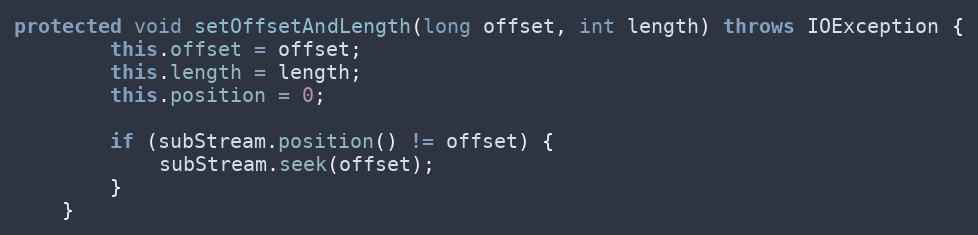
Language: Java
protected void setOffsetAndLength(long offset, int length) throws IOException {
		this.offset = offset;
		this.length = length;
		this.position = 0;

		if (subStream.position() != offset) {
			subStream.seek(offset);
		}
	}